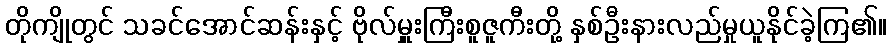
တိုကျိုတွင် သခင်အောင်ဆန်းနှင့် ဗိုလ်မှူးကြီးစူဇူကီးတို့ နှစ်ဦးနားလည်မှုယူနိုင်ခဲ့ကြ၏။